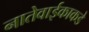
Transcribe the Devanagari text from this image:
नातेवाईकाकडे